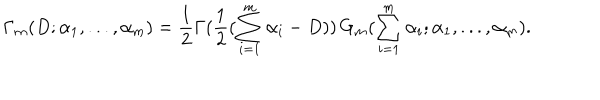
\Gamma _ { m } ( D ; \alpha _ { 1 } , . . . , \alpha _ { m } ) = \frac { 1 } { 2 } \Gamma ( \frac { 1 } { 2 } ( \sum _ { i = 1 } ^ { m } \alpha _ { i } - D ) ) \, G _ { m } ( \sum _ { i = 1 } ^ { m } \alpha _ { i } ; \alpha _ { 1 } , . . . , \alpha _ { m } ) .